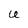
Character: U